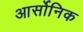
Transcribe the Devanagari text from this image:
आर्सोनिक